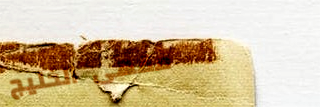
مقهى الخليج